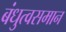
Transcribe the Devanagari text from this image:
बंधुत्वसमान